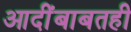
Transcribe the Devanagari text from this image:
आदींबाबतही